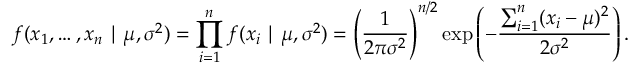
f ( x _ { 1 } , \ldots , x _ { n } \mid \mu , \sigma ^ { 2 } ) = \prod _ { i = 1 } ^ { n } f ( x _ { i } \mid \mu , \sigma ^ { 2 } ) = \left( { \frac { 1 } { 2 \pi \sigma ^ { 2 } } } \right) ^ { n / 2 } \exp \left( - { \frac { \sum _ { i = 1 } ^ { n } ( x _ { i } - \mu ) ^ { 2 } } { 2 \sigma ^ { 2 } } } \right) .